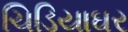
ચિડિયાઘર